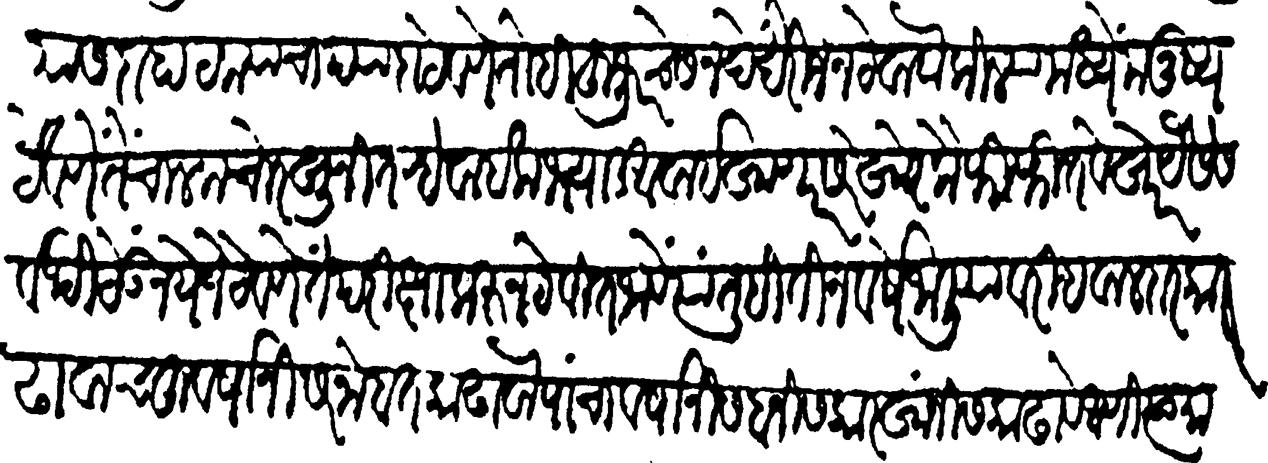
Transliteration (Devanagari): किलियास दाहा टक्क्याचा प्यादा ठेवणें तोहि हुजूरचे सनदेखेरीज न ठेवावा किलियामध्यें मनुष्य ठेवणें तें चालक चोर खुनी तऱ्हेवाईक भ्याड आवाई खाणार सरेखोर कैफी फितवेखोर यैसे सर्वथी ठेऊं नये जे ठेवणें ते परीक्षा करून ठेवीत जावें त्यातहिं तीन वर्षांनी हवालदार काढावा चहूंवर्षांनी सरनोबत काढावा पाच वर्षांनी सबनीस कारखानीस काढावे आणि त्या मामल्यावरी